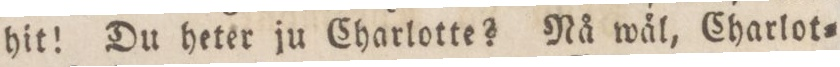
hit! Du heter ju Charlotte? Nå wål, Charlot=